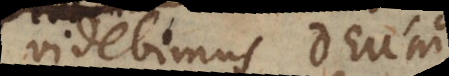
videbimus Deum